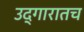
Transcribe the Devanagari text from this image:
उद्गारातच